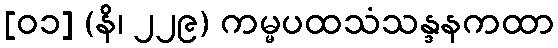
[၀၁] (နိ၊ ၂၂၉) ကမ္မပထသံသန္ဒနကထာ